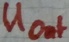
Text: UOut